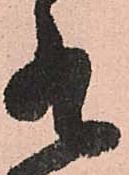
有